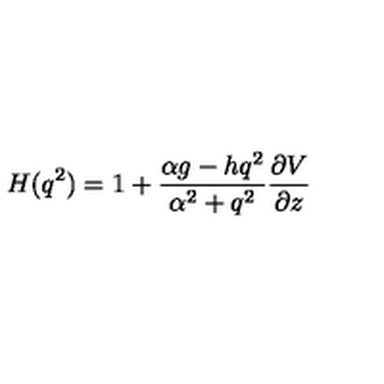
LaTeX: H ( q ^ { 2 } ) = 1 + \frac { \alpha g - h q ^ { 2 } } { \alpha ^ { 2 } + q ^ { 2 } } \frac { \partial V } { \partial z }